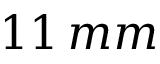
1 1 \, m m